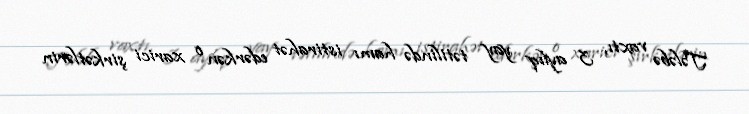
Tələbə vaxtı, 3 aylıq yay tətilində hamı istirahət edərkən o xarici şirkətlərin